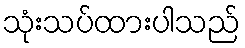
သုံးသပ်ထားပါသည်